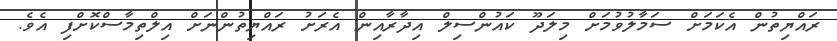
ރައްޔިތުން އެކަމަށް ސަމާލުވުމަށް މިލަދޫ ކައުންސިލް އިދާރާއިން އެރަށު ރައްޔިތުންނަށް އިލްތިމާސްކޮށްފި އެވެ.